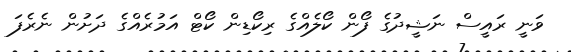
ވަނީ ރައީސް ނަޝީދުގެ ފޯން ކޯލެއްގެ ރިކޯޑިން ކޯޓް އަމުރެއްގެ ދަށުން ނެރެފަ